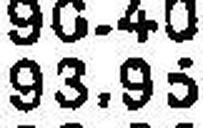
93.95